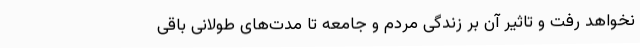
نخواهد رفت و تاثیر آن بر زندگی مردم و جامعه تا مدت‌های طولانی باقی